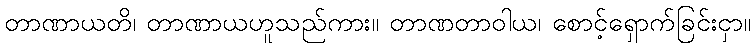
တာဏာယတိ၊ တာဏာယဟူသည်ကား။ တာဏတာဝါယ၊ စောင့်ရှောက်ခြင်းငှာ။